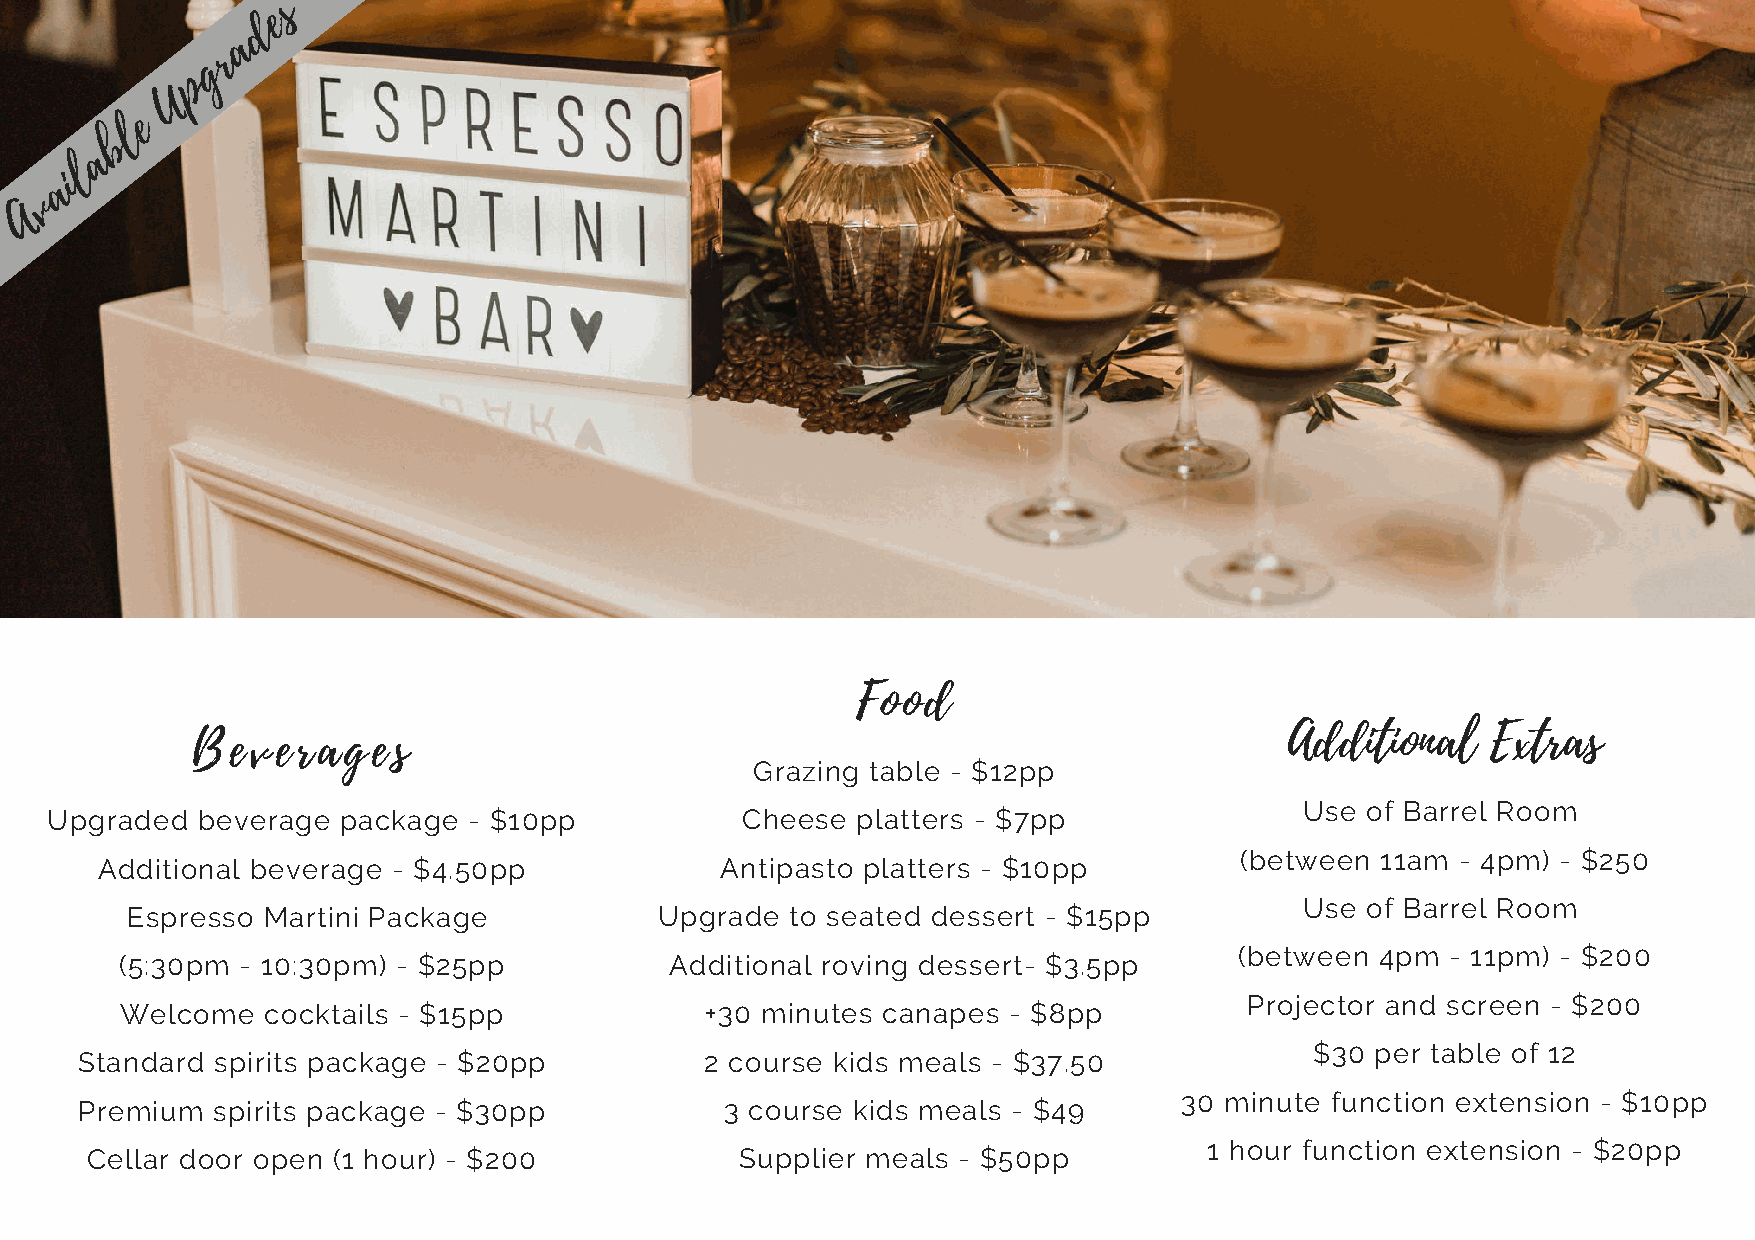
s
 e
 d
 a
 r
 g
 p
 U
 e
 l
 b
 a
 l
 ai
 v
 A
 Food
 Additional    Extras
 Beverages
 Grazing table - $12pp
 Use of Barrel Room
 Upgraded  beverage package  - $10pp           Cheese  platters - $7pp
 (between 11am  - 4pm) - $250
 Additional beverage - $4.50pp             Antipasto platters - $10pp
 Use of Barrel Room
 Espresso Martini Package            Upgrade to seated dessert - $15pp
 (between 4pm  - 11pm) - $200
 (5:30pm - 10:30pm) - $25pp          Additional roving dessert- $3.5pp
 Projector and screen - $200
 Welcome  cocktails - $15pp             +30 minutes canapes - $8pp
 $30 per table of 12
 Standard spirits package - $20pp          2 course kids meals - $37.50
 30 minute function extension - $10pp
 Premium  spirits package - $30pp           3 course kids meals - $49
 1 hour function extension - $20pp
 Cellar door open (1 hour) - $200           Supplier meals - $50pp